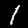
Digit: 1